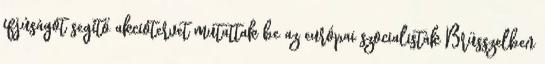
ifjúságot segítő akciótervet mutattak be az európai szocialisták Brüsszelben